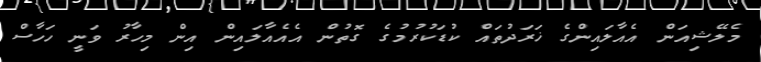
މެލޭޝިއަން އެއާލައިންގެ ޚަރަދުތައް ކުޑަކުރުމުގެ ގޮތުން އެއެއާލައިން އިން މިހާރު ވަނީ ހަހާސް